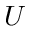
U